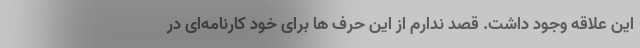
این علاقه وجود داشت. قصد ندارم از این حرف ها برای خود کارنامه‌ای در